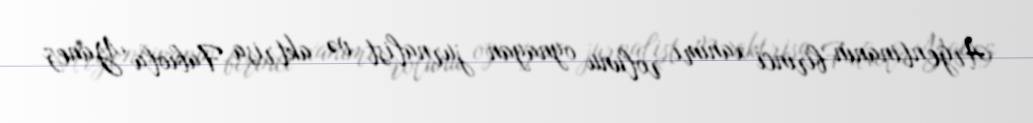
Argentinanın birinci xanımı rolunu oynayan jurnalist və aktrisa Fabiola Yanez